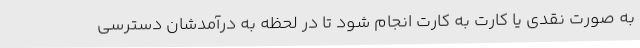
به صورت نقدی یا کارت به کارت انجام شود تا در لحظه به درآمدشان دسترسی